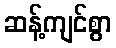
ဆန့်ကျင်စွာ